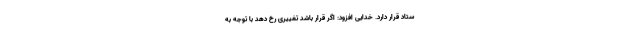
ستاد قرار دارد. خدایی افزود: اگر قرار باشد تغییری رخ دهد با توجه به